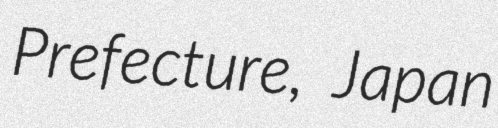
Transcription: Prefecture, Japan